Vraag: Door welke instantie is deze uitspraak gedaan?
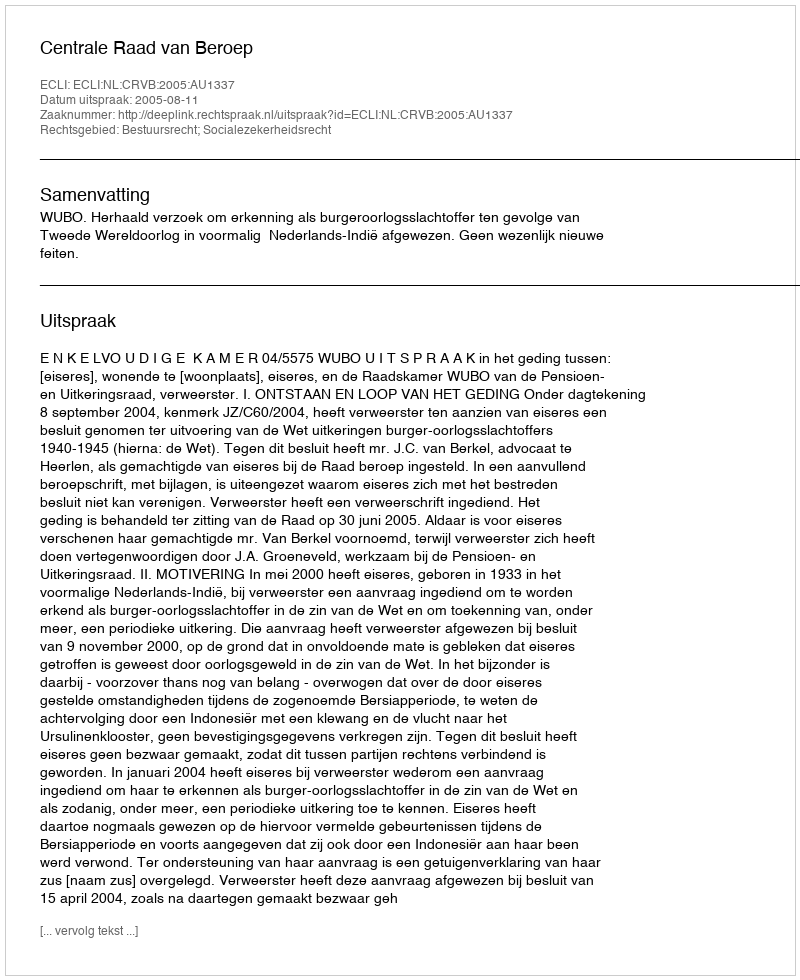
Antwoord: Centrale Raad van Beroep